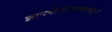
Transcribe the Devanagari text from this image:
ज्ञानमीमांसाशास्त्राने